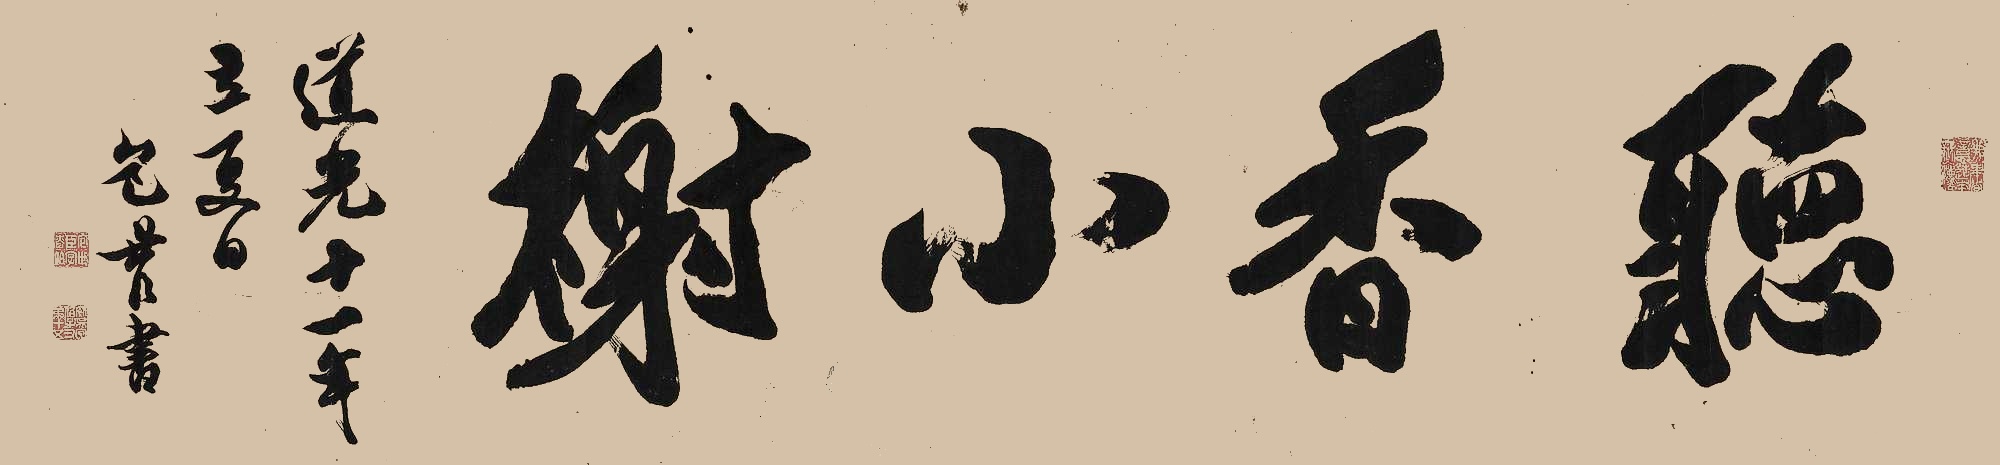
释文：听香小榭道光十一年立夏日，包世臣书。